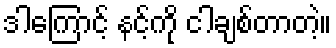
ဒါကြောင့် နင့်ကို ငါချစ်တာတဲ့။